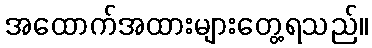
အထောက်အထားများတွေ့ရသည်။